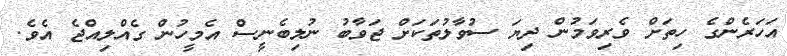
އަހަރެންގެ ހިތަށް ވެރިވަމުން ދިޔަ ސުވާލުތަކަށް ޖަވާބު ނުލިބެނީސް އެމީހުން ގެއްލިއްޖެ އެވެ.